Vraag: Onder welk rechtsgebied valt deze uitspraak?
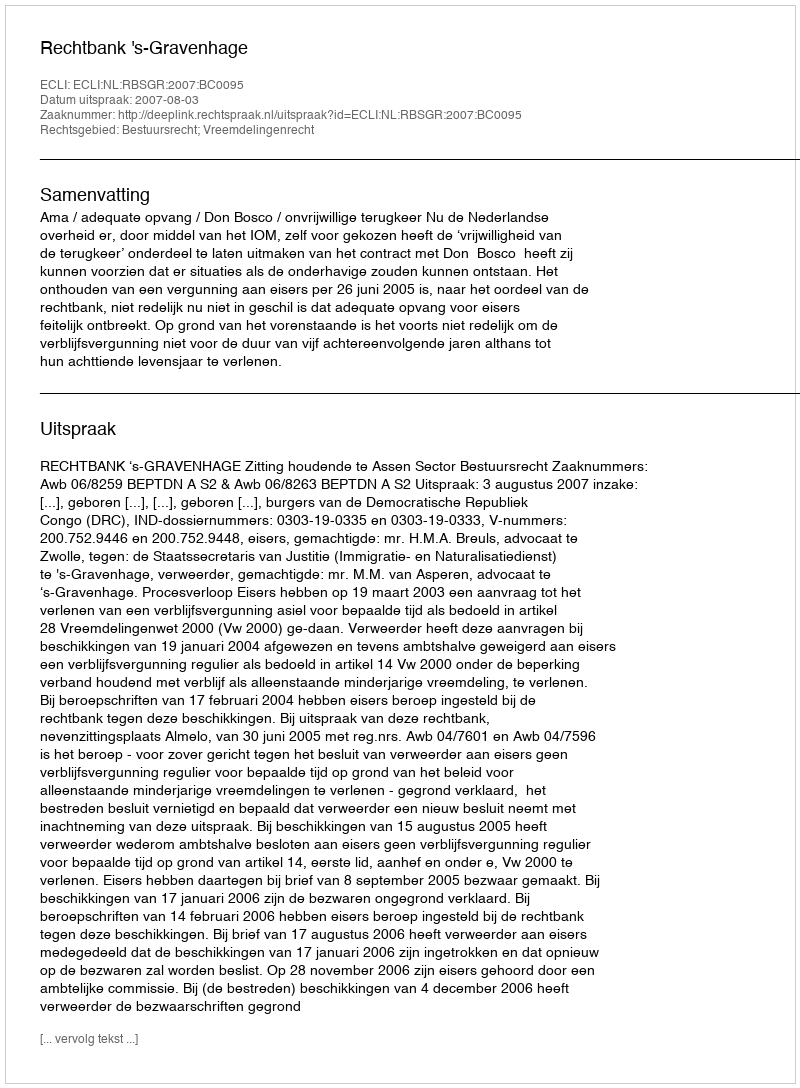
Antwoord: Bestuursrecht; Vreemdelingenrecht